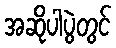
အဆိုပါပွဲတွင်